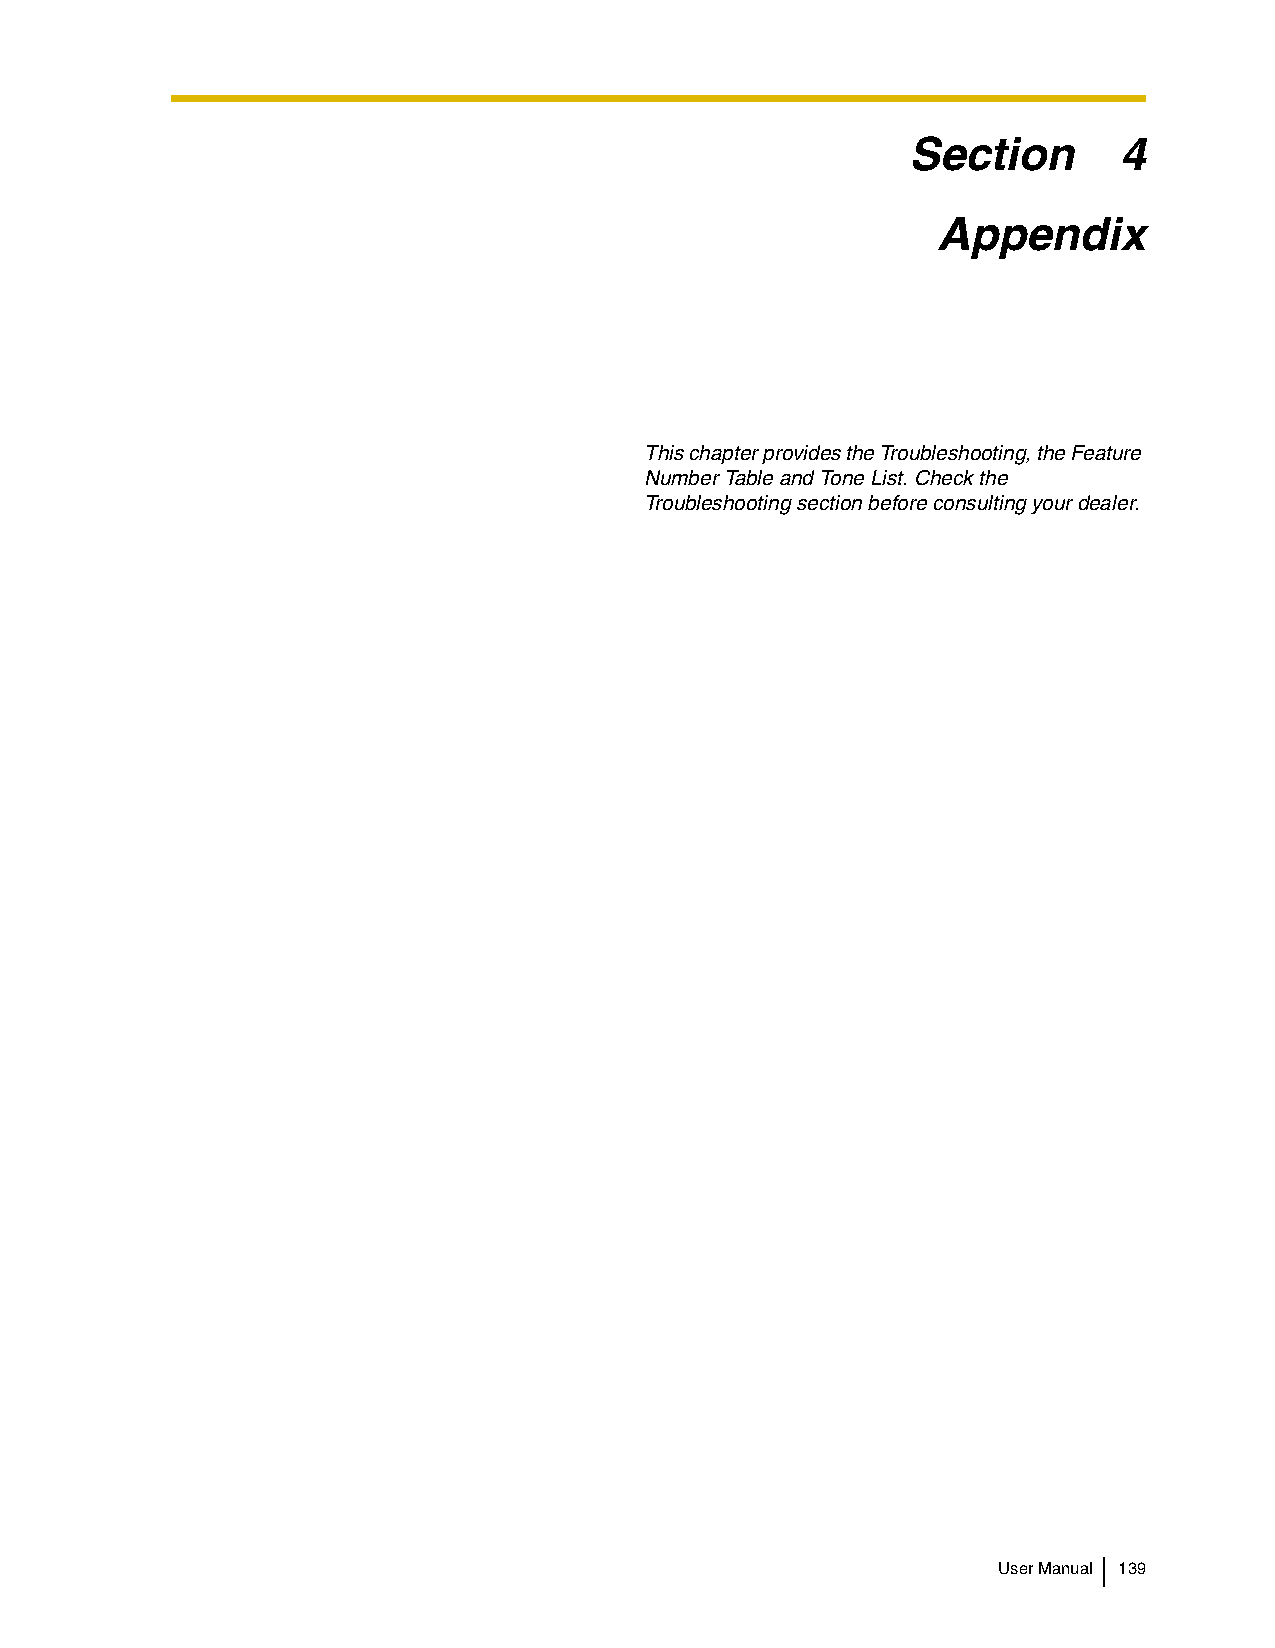
Section       4
 Appendix
 This chapter provides the Troubleshooting, the Feature
 Number Table and Tone List. Check the
 Troubleshooting section before consulting your dealer.
 User Manual 139